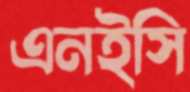
এনইসি